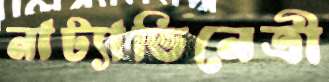
নাট্যাভিনেত্রী